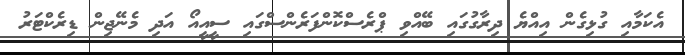
އެކަމާއި ގުޅިގެން އިއްޔެ ދިރާގުގައި ބޭއްވި ޕްރެސްކޮންފަރެންސްގައި ސީއީއޯ އަދި މެނޭޖިން ޑިރެކްޓަރު